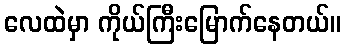
လေထဲမှာ ကိုယ်ကြီးမြောက်နေတယ်။